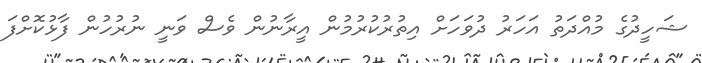
ޝަހީދުގެ މުއްދަތު އަހަރު ދުވަހަށް އިތުރުކުރުމުން އީރާނުން ވެސް ވަނީ ނުރުހުން ފާޅުކޮށްފަ